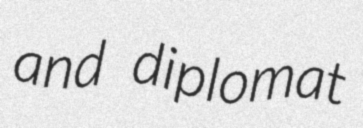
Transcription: and diplomat